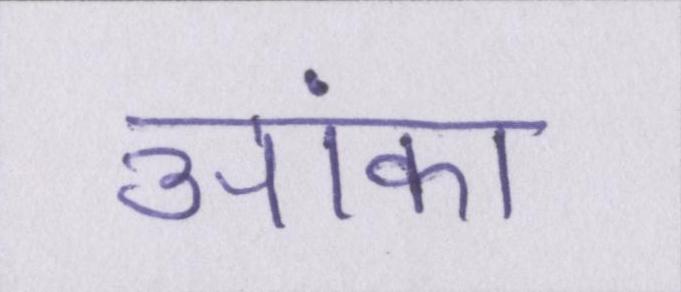
आंका